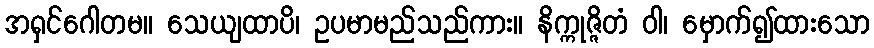
အရှင်ဂေါတမ။ သေယျထာပိ၊ ဥပမာမည်သည်ကား။ နိက္ကုဇ္ဇိတံ ဝါ၊ မှောက်၍ထားသော